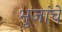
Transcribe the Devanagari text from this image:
भुजांचे